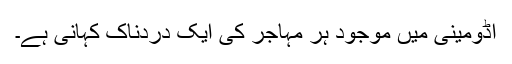
اڈومینی میں موجود ہر مہاجر کی ایک دردناک کہانی ہے۔